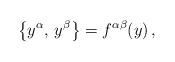
LaTeX: \begin{align*}\bigl\{y^\alpha,\,y^\beta\bigr\}=f^{\alpha\beta}(y)\,,\end{align*}